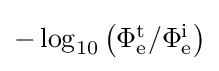
{\textstyle -\log _{10}\left(\Phi _{\mathrm {e} }^{\mathrm {t} }/\Phi _{\mathrm {e} }^{\mathrm {i} }\right)}